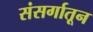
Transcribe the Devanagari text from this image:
संसर्गातून